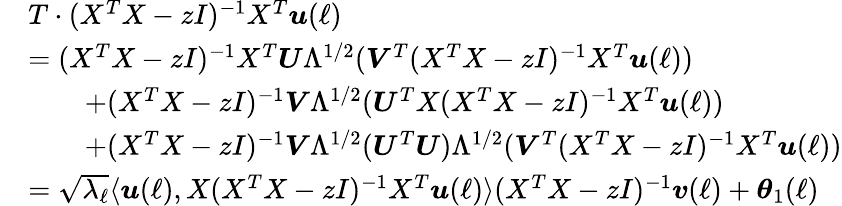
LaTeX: \begin{array}{rl}&{T\cdot(X^{T}X-zI)^{-1}X^{T}{\boldsymbol u}(\ell)}\\ &{=(X^{T}X-zI)^{-1}X^{T}{\boldsymbol U}\Lambda^{1/2}({\boldsymbol V}^{T}(X^{T}X-zI)^{-1}X^{T}{\boldsymbol u}(\ell))}\\ &{\qquad+(X^{T}X-zI)^{-1}{\boldsymbol V}\Lambda^{1/2}({\boldsymbol U}^{T}X(X^{T}X-zI)^{-1}X^{T}{\boldsymbol u}(\ell))}\\ &{\qquad+(X^{T}X-zI)^{-1}{\boldsymbol V}\Lambda^{1/2}({\boldsymbol U}^{T}{\boldsymbol U})\Lambda^{1/2}({\boldsymbol V}^{T}(X^{T}X-zI)^{-1}X^{T}{\boldsymbol u}(\ell))}\\ &{=\sqrt{\lambda_{\ell}}\langle{\boldsymbol u}(\ell),X(X^{T}X-zI)^{-1}X^{T}{\boldsymbol u}(\ell)\rangle(X^{T}X-zI)^{-1}{\boldsymbol v}(\ell)+{\boldsymbol\theta}_{1}(\ell)}\end{array}